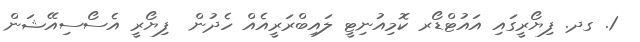
1. ގދ. ފިޔޯރީގައި އައުޓްޑޯރ ކޮމިއުނިޓީ ލައިބްރަރީއެއް ހެދުން  ފިޔޯރީ އެސޯސިއޭޝަން